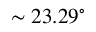
\sim 2 3 . 2 9 ^ { \circ }